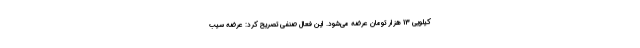
کیلویی 13 هزار تومان عرضه می‌شود. این فعال صنفی تصریح کرد: عرضه سیب